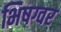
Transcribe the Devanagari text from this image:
भिषग्वर